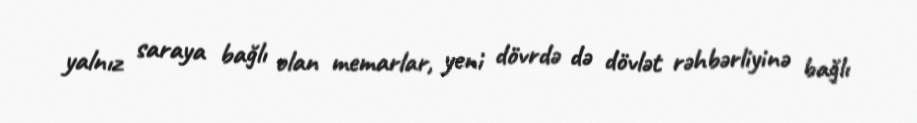
yalnız saraya bağlı olan memarlar, yeni dövrdə də dövlət rəhbərliyinə bağlı